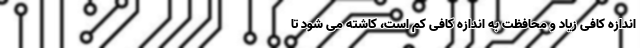
اندازه کافی زیاد و محافظت به اندازه کافی کم است، کاشته می شود تا